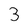
Character: 3